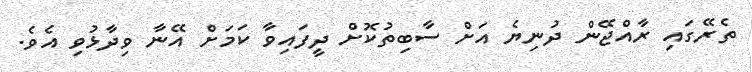
ތެރޭގައި ރާއްޖޭން ދުނިޔެ އަށް ސާބިތުކޮށް ދީފައިވާ ކަމަށް އޭނާ ވިދާޅުވި އެވެ.